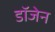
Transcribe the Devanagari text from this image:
डॉजेन